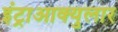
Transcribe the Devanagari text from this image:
इंट्राआक्युलार